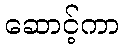
ဆောင့်ကာ